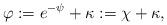
LaTeX: \begin{align*}\varphi := e^{-\psi}+\kappa := \chi + \kappa,\end{align*}